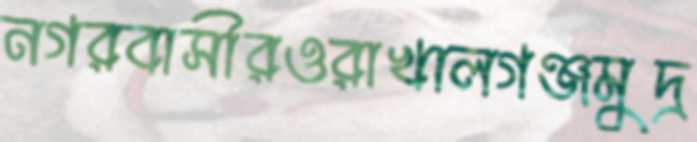
নগরবাসীরওরাখালগঞ্জমুদ্র